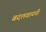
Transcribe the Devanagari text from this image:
बदलवायची